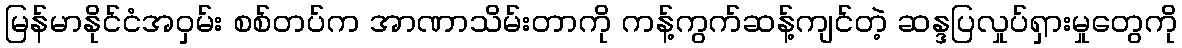
မြန်မာနိုင်ငံအဝှမ်း စစ်တပ်က အာဏာသိမ်းတာကို ကန့်ကွက်ဆန့်ကျင်တဲ့ ဆန္ဒပြလှုပ်ရှားမှုတွေကို